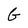
Character: G